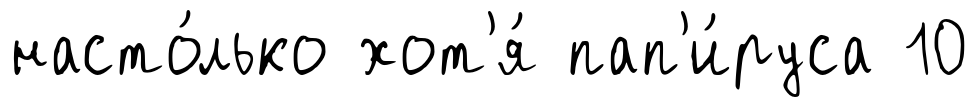
насто́лько хот'я́ пап'и́руса 10